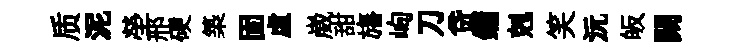
质泥塋邢硬築固虛崴甜旛峋刀贷鏞剋笑沅皈闕